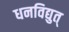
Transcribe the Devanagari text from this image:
धनविद्युत्